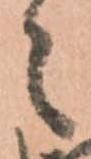
々